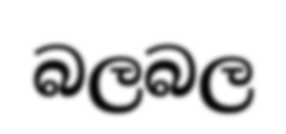
බලබල